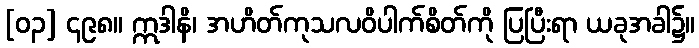
[၀၃] ၄၉၈။ ဣဒါနိ၊ အဟိတ်ကုသလဝိပါက်စိတ်ကို ပြပြီးရာ ယခုအခါ၌။